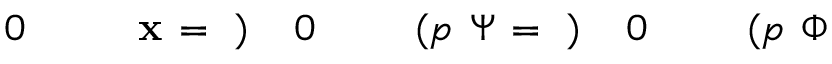
\! \! \! \! \! \! \! \! \! \! \! \Phi \! \! \! \! \! \! \! \! \! \! \! \! ( p \! \! \! \! \! \! \! \! \! \! \! \! _ { \! } \! \! \! \! \! \! \! \! \! \! \! 0 \! \! \! \! \! \! \! \! \! \! \! \! ) \! \! \! \! \! \! \! \! \! \! \! \! = \! \! \! \! \! \! \! \! \! \! \! \! \Psi \! \! \! \! \! \! \! \! \! \! \! \! ( p \! \! \! \! \! \! \! \! \! \! \! \! _ { \! } \! \! \! \! \! \! \! \! \! \! \! 0 \! \! \! \! \! \! \! \! \! \! \! \! ) \! \! \! \! \! \! \! \! \! \! \! \! = \! \! \! \! \! \! \! \! \! \! \! \! \mathbf { x } \! \! \! \! \! \! \! \! \! \! \! \! _ { \! } \! \! \! \! \! \! \! \! \! \! \! 0 \! \! \! \! \! \! \! \! \! \! \!